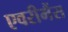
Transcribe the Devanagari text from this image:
एवरीमैंस